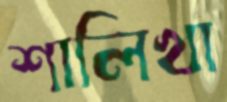
শালিখা